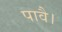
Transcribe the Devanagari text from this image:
पावै।